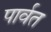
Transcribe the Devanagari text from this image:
पार्वत